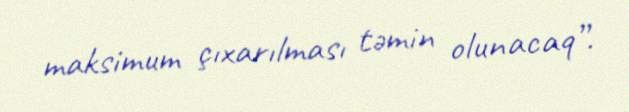
maksimum çıxarılması təmin olunacaq”.